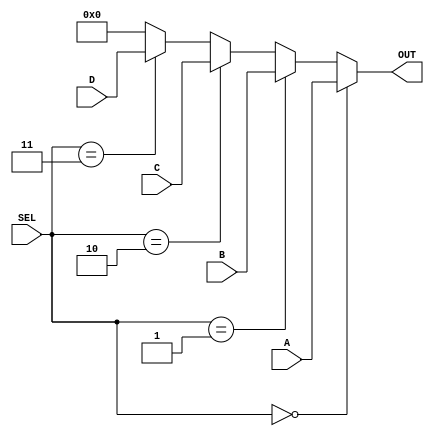
module Selector(\n\tinput [3:0] A,\n\tinput [3:0] B,\n\tinput [3:0] C,\n\tinput [3:0] D,\n\tinput [1:0] SEL,\n\toutput [3:0] OUT\n);\n\tassign OUT=sel(A,B,C,D,SEL);\n\tfunction [3:0] sel;\n\t\tinput [3:0] _A, _B, _C, _D;\n\t\tinput [1:0] _SEL;\n\t\tbegin\n\t\t\tsel =\n\t\t\t\t_SEL == 2'b00 ? _A :\n\t\t\t\t_SEL == 2'b01 ? _B :\n\t\t\t\t_SEL == 2'b10 ? _C :\n\t\t\t\t_SEL == 2'b11 ? _D : 0;\n\t\tend\n\tendfunction\nendmodule
module Decoder(\n\tinput [3:0] OPCODE,\n\tinput CARRY,\n\toutput [1:0] SEL,\n\toutput LOAD_A,\n\toutput LOAD_B,\n\toutput LOAD_C,\n\toutput LOAD_D\n);\n\tassign SEL[1] = OPCODE[1];\n\tassign SEL[0] = OPCODE[0] | OPCODE[3];\n\t\n\tassign LOAD_A = OPCODE[2] | OPCODE[3];\n\tassign LOAD_B = !OPCODE[2] | OPCODE[3];\n\tassign LOAD_C = OPCODE[2] | !OPCODE[3];\n\tassign LOAD_D = !OPCODE[2] | !OPCODE[3] | (!OPCODE[0] & CARRY);\n\nendmodule
module ALU(\n\tinput [3:0] A,\n\tinput [3:0] B,\n\toutput [3:0] OUT,\n\toutput CARRY\n);\n\n\tassign {CARRY, OUT}=A+B;\nendmodule
module Register(\n\tinput [3:0] IN,\n\toutput [3:0] OUT,\n\tinput LOAD,\n\tinput COUNTUP,\n\tinput CLK\n);\n\treg [3:0] val;\n\tassign OUT=val;\n\tinitial begin\n\t\tval <= 0;\n\tend\n\talways @ (posedge CLK) begin\n\t\tif (!LOAD) val <= IN;\n\t\telse if (COUNTUP) val <= val + 1;\n\tend\nendmodule
module FlipFlop(\n\tinput IN,\n\toutput OUT,\n\tinput LOAD,\n\tinput CLK);\n\treg val;\n\tassign OUT=val;\n\tinitial begin\n\t\tval <= 0;\n\tend\n\talways @ (posedge CLK) begin\n\t\tif (!LOAD) val <= IN;\n\tend\nendmodule
module td4(\n    input [3:0] IN,\n    output [3:0] OUT, \n\tinput [7:0] MEM_DATA,\n\toutput [3:0] MEM_ADDR,\n\tinput CLK\n    );\n\tsupply0 [3:0] ZERO;\n\tsupply1 [3:0] ONE;\n\t\n\twire [3:0] aluOut;\n\twire [3:0] regAOut;\n\twire [3:0] regBOut;\n\twire [1:0] selReg;\n\twire [3:0] selOut;\n\n\t/* A\u30ec\u30b8\u30b9\u30bf */\n\tRegister regA (aluOut, regAOut, loadA, ZERO, CLK);\n\n\t/* B\u30ec\u30b8\u30b9\u30bf */\n\tRegister regB (aluOut, regBOut, loadB, ZERO, CLK);\n\n\t/* OUT\u30ec\u30b8\u30b9\u30bf */\n\tRegister out (aluOut, OUT, loadC, ZERO, CLK);\n\n\t/* \u30d7\u30ed\u30b0\u30e9\u30e0\u30ab\u30a6\u30f3\u30bf */\n\tRegister pc (aluOut, MEM_ADDR, loadD, ONE, CLK);\n\n\t/* \u30c7\u30fc\u30bf\u30bb\u30ec\u30af\u30bf */\n\tSelector dataSelector (regAOut, regBOut, IN, ZERO, selReg, selOut);\n\t\n\t/* \u30ad\u30e3\u30ea\u30fc */\n\tFlipFlop carry(carryIn, carryOut, ZERO[3:0], CLK);\n\n\t/* \u30c7\u30fc\u30b3\u30fc\u30c0 */\n\tDecoder decoder (MEM_DATA[7:4], carryOut, selReg, loadA, loadB, loadC, loadD);\n\t\n\t/* ALU */\n\tALU alu(selOut, MEM_DATA[3:0], aluOut, carryIn);\n\t\nendmodule